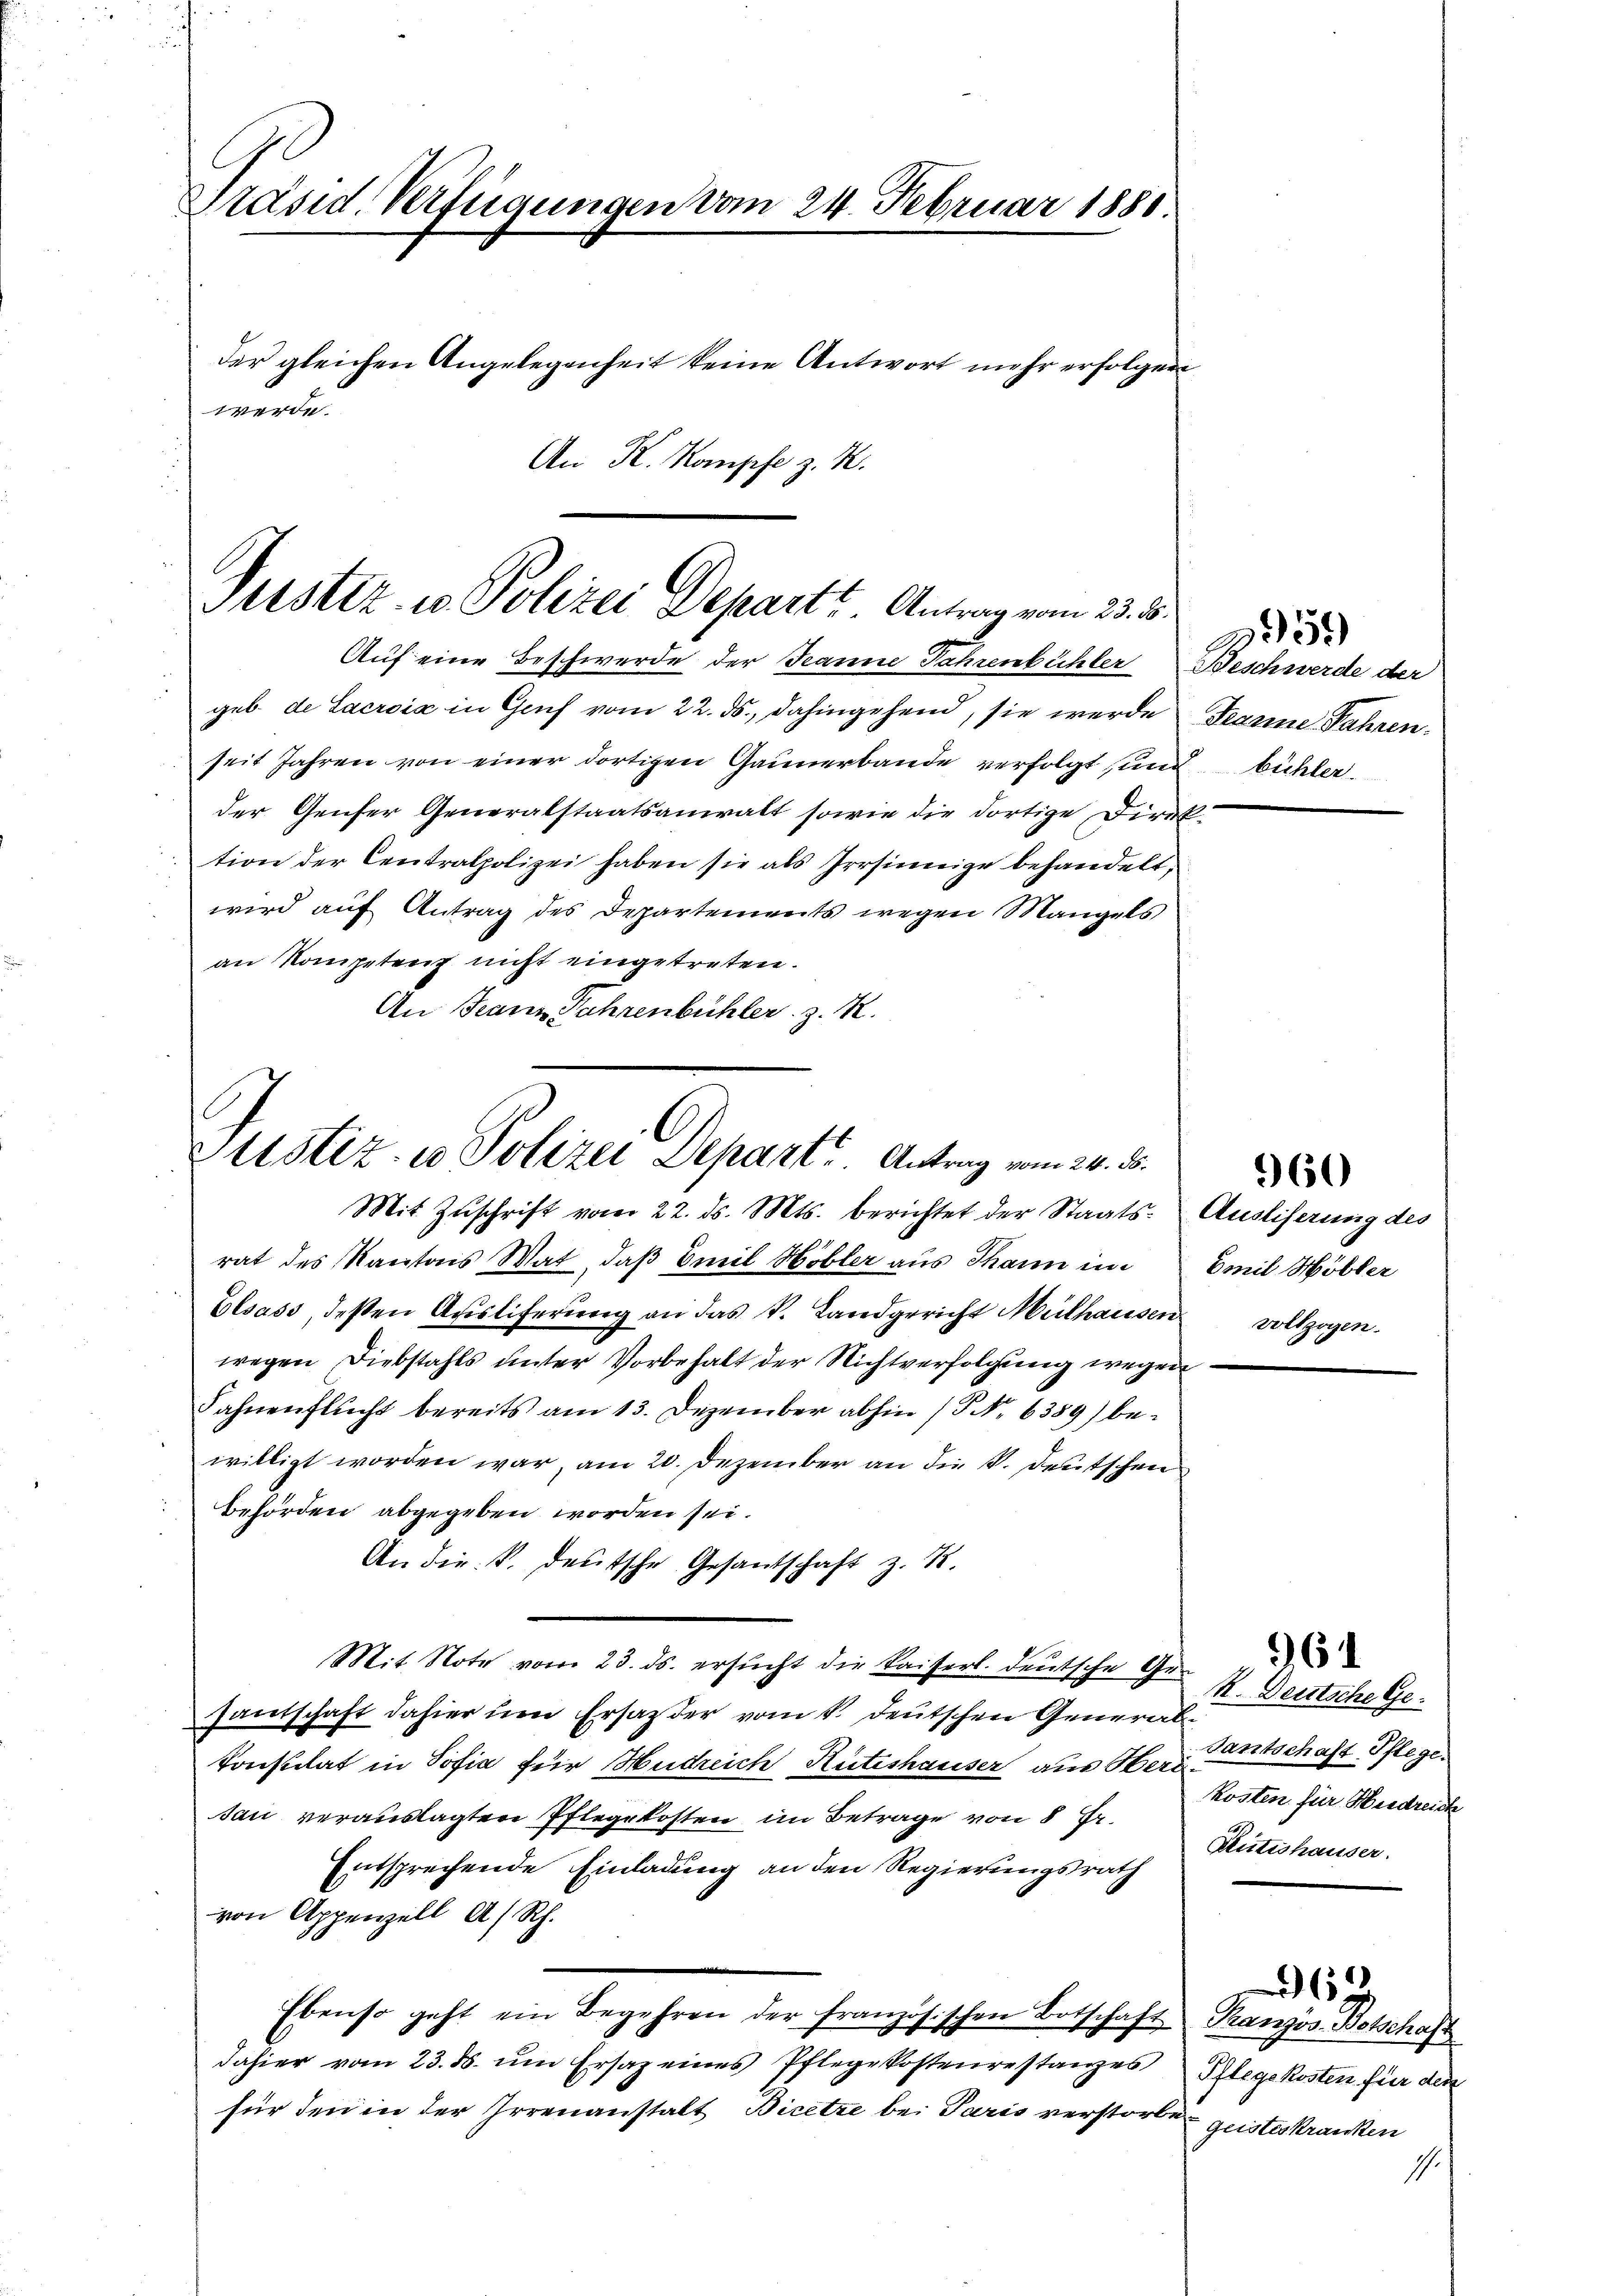
Präsid. Verfügungen vom 24. Februar 1881.
der gleichen Angelegenheit keine Antwort mehr erfolgen
werde.
An K. Kompfe z. B.

Justiz- u Polizei Departe. Antrag vom 23. d.
Auf eine Beschwerde der Jeanne Jahrenbüchler Beschwerde der

Justiz- u Polizei Departi. Antrag vom 20. d.
Mit Zŭschrift vom 22. ds. Mts. berichtet der Staats- Ausliserung des

geb. de Sacroix in Genf vom 22. ds., dahingehend, sie werde Jeanne Jahren.
seit Jahren von einer dortigen Gaunerbande verfolgt sind büchler.
der Genfer Generalstaatsanwalt sowie die dortige Direktion der Centralpolizei haben sie als Irrsinnige behandelt,
wird auf Antrag des Departements wegen Mangels
an Kompetenz nicht eingetreten.
An Franz Jahrenbühler z. R.

rat des Kantons Wat, daß Emil Höbler aus Thann im
Elsass, deßen Ausliferung an das k. Landgericht Mülhausen
wegen Diebstahls unter Vorbehalt der Nichtverfolgung wegen
Fahnenflucht bereits am 13. Dezember abhin (P No 6389) bewilligt worden war, am 20. Dezember an die V. Deutschen
Behörden abgegeben worden sei.
An die k. deutsche Gesandschaft z. R.
Mit Note vom 23. ds. ersucht die Kaiserl. Deutsche Ge-
santschaft dahier um Ersatter vom 1. Deutschen General
konstitat in Sofia für Hudreich Rütishauser aus Ober-Entschaft Pflege
sau verauslagten Pflegekosten im Betrage von 8 Fr.
Entsprechende Einladung an den Regierungsrath
von Appenzell A/Rh.
Ebenso geht ein Begehren der französischen Botschaft
dahier vom 23. ds. um Ersaz eines Pflegekostenrestanzes
für den in der Irrenanstalt Bicetze bei Paris verstorben geisteskranken

59

Emil Höbler
vollzogen.

960

R. Deutsche Ge
kosten für Herdreich
Putishauser.

Tranzös-Botschaft
Pflegekosten für den

69

s.